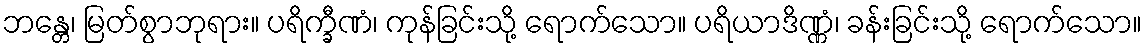
ဘန္တေ၊ မြတ်စွာဘုရား။ ပရိက္ခီဏံ၊ ကုန်ခြင်းသို့ ရောက်သော။ ပရိယာဒိဏ္ဏံ၊ ခန်းခြင်းသို့ ရောက်သော။